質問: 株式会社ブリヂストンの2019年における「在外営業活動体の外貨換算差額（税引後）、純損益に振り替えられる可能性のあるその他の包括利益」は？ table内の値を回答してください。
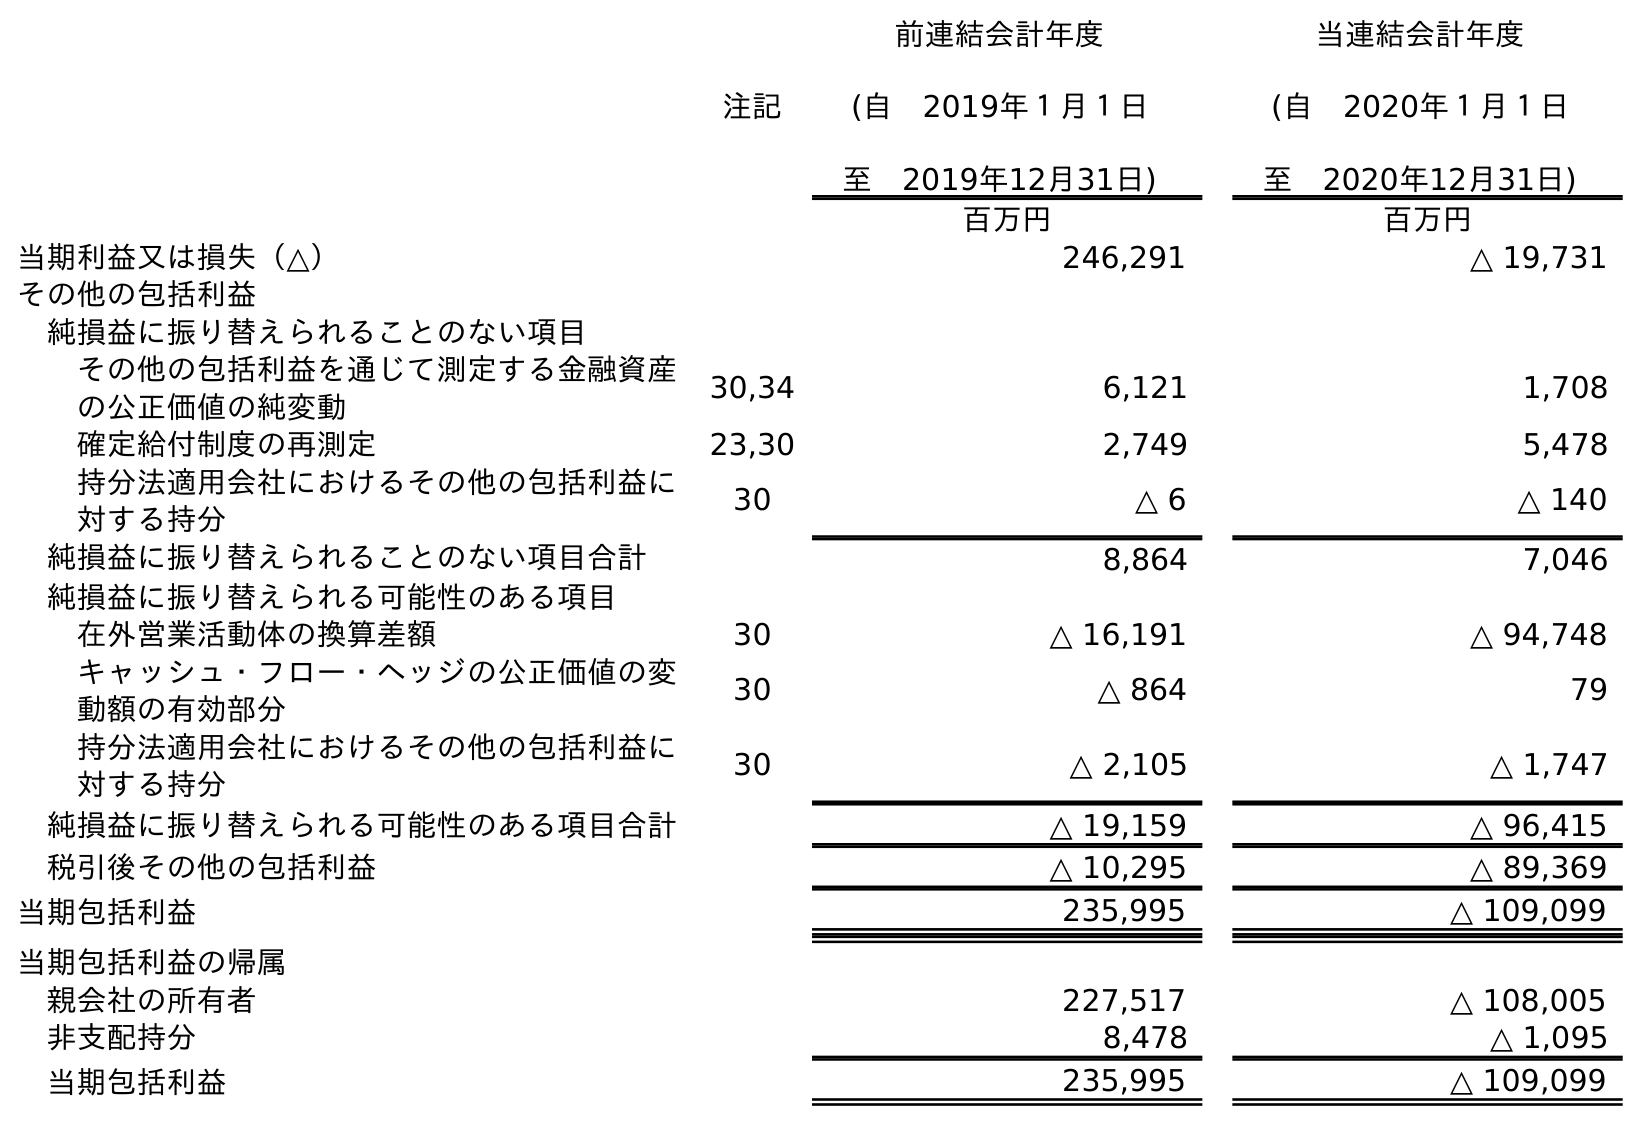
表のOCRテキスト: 注記 前連結会計年度 (自 2019年１月１日 至 2019年12月31日) 当連結会計年度 (自 2020年１月１日 至 2020年12月31日) 百万円 百万円 当期利益又は損失（△） 246,291 △ 19,731 その他の包括利益 純損益に振り替えられることのない項目 その他の包括利益を通じて測定する金融資産 の公正価値の純変動 30,34 6,121 1,708 確定給付制度の再測定 23,30 2,749 5,478 持分法適用会社におけるその他の包括利益に 対する持分 30 △ 6 △ 140 純損益に振り替えられることのない項目合計 8,864 7,046 純損益に振り替えられる可能性のある項目 在外営業活動体の換算差額 30 △ 16,191 △ 94,748 キャッシュ・フロー・ヘッジの公正価値の変 動額の有効部分 30 △ 864 79 持分法適用会社におけるその他の包括利益に 対する持分 30 △ 2,105 △ 1,747 純損益に振り替えられる可能性のある項目合計 △ 19,159 △ 96,415 税引後その他の包括利益 △ 10,295 △ 89,369 当期包括利益 235,995 △ 109,099 当期包括利益の帰属 親会社の所有者 227,517 △ 108,005 非支配持分 8,478 △ 1,095 当期包括利益 235,995 △ 109,099
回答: △16,191